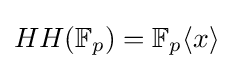
HH(\mathbb {F} _{p})=\mathbb {F} _{p}\langle x\rangle